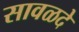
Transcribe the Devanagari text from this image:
सावळदे